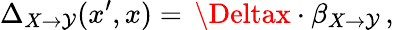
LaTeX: \Delta_{X\rightarrow\mathcal{Y}}(x^{\prime},x)=\, \Deltax\cdot\beta_{X{\to}\mathcal{Y}}\, ,